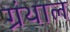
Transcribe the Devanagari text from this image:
ग्रंथाल